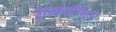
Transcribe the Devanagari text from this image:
हळदीपूर